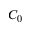
C _ { 0 }